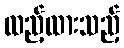
ထည့်ထားသည့်